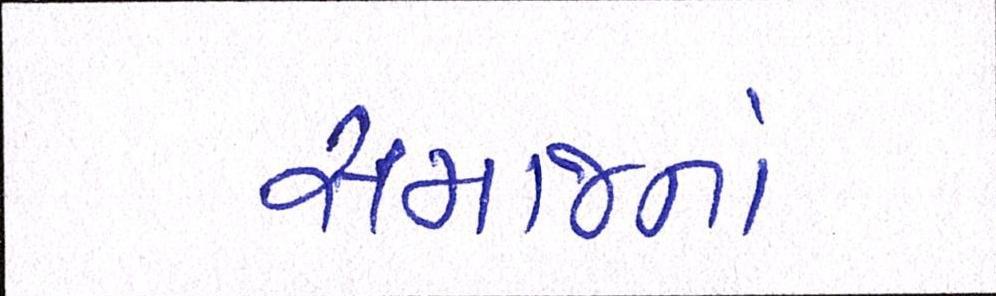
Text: સમાજનો